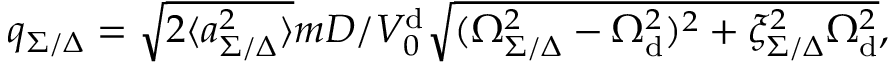
q _ { \Sigma / \Delta } = \sqrt { 2 \langle a _ { \Sigma / \Delta } ^ { 2 } \rangle } m D / V _ { 0 } ^ { \mathrm { d } } \sqrt { ( \Omega _ { \Sigma / \Delta } ^ { 2 } - \Omega _ { \mathrm { d } } ^ { 2 } ) ^ { 2 } + \xi _ { \Sigma / \Delta } ^ { 2 } \Omega _ { \mathrm { d } } ^ { 2 } } ,